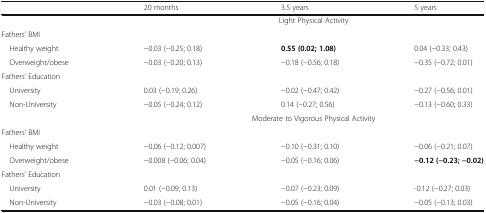
|  | 20 months | 3.5 years | 5 years |
 | --- | --- | --- | --- |
 |  | <COLSPAN=3> Light Physical Activity |
 | <COLSPAN=4> Fathers’ BMI |
 | Healthy weight | −0.03 (−0.25; 0.18) | 0.55 (0.02; 1.08) | 0.04 (−0.33; 0.43) |
 | Overweight/obese | −0.03 (−0.20; 0.13) | −0.18 (−0.56; 0.18) | −0.35 (−0.72; 0.01) |
 | Fathers’ Education |  |  |  |
 | University | 0.03 (−0.19; 0.26) | −0.02 (−0.47; 0.42) | −0.27 (−0.56; 0.01) |
 | Non-University | −0.05 (−0.24; 0.12) | 0.14 (−0.27; 0.56) | −0.13 (−0.60; 0.33) |
 |  | <COLSPAN=3> Moderate to Vigorous Physical Activity |
 | <COLSPAN=4> Fathers’ BMI |
 | Healthy weight | −0.06 (−0.12; 0.007) | −0.10 (−0.31; 0.10) | −0.06 (−0.21; 0.07) |
 | Overweight/obese | −0.008 (−0.06; 0.04) | −0.05 (−0.16; 0.06) | −0.12 (−0.23; −0.02) |
 | <COLSPAN=4> Fathers’ Education |
 | University | 0.01 (−0.09; 0.13) | −0.07 (−0.23; 0.09) | -0.12 (−0.27; 0.03) |
 | Non-University | −0.03 (−0.08; 0.01) | −0.05 (−0.16; 0.04) | −0.05 (−0.13; 0.03) |